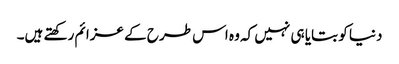
دنیا کو بتایا ہی نہیں کہ وہ اس طرح کے عزائم رکھتے ہیں۔